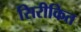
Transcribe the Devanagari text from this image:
सिरीकित